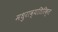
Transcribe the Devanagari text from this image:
मधुराव्यतिरिक्त